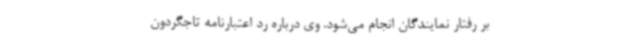
بر رفتار نمایندگان انجام می‌شود. وی درباره رد اعتبارنامه تاجگردون